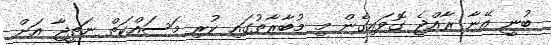
ބުނީ އޭނާ ރާއްޖެ ގޮވައިގެން މި މުބާރާތުގައި ކުރި މަސައްކަތް ނަތީޖާ އަށް